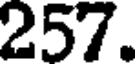
257.